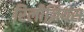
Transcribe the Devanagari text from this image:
रिलीज़ियस